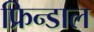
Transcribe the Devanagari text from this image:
फ्रिन्डाल